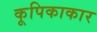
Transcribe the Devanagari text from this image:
कूपिकाकार